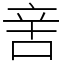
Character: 㖖